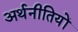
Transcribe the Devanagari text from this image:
अर्थनीतियों